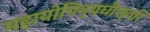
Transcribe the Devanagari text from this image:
महायोगिन्यधीश्वरि